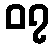
၀၇